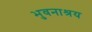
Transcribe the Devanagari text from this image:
भुवनाश्रय